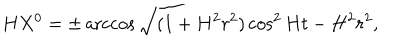
H X ^ { 0 } = \pm \operatorname { a r c c o s } \sqrt { ( 1 + H ^ { 2 } r ^ { 2 } ) \cos ^ { 2 } H t - H ^ { 2 } r ^ { 2 } } ,